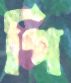
পি